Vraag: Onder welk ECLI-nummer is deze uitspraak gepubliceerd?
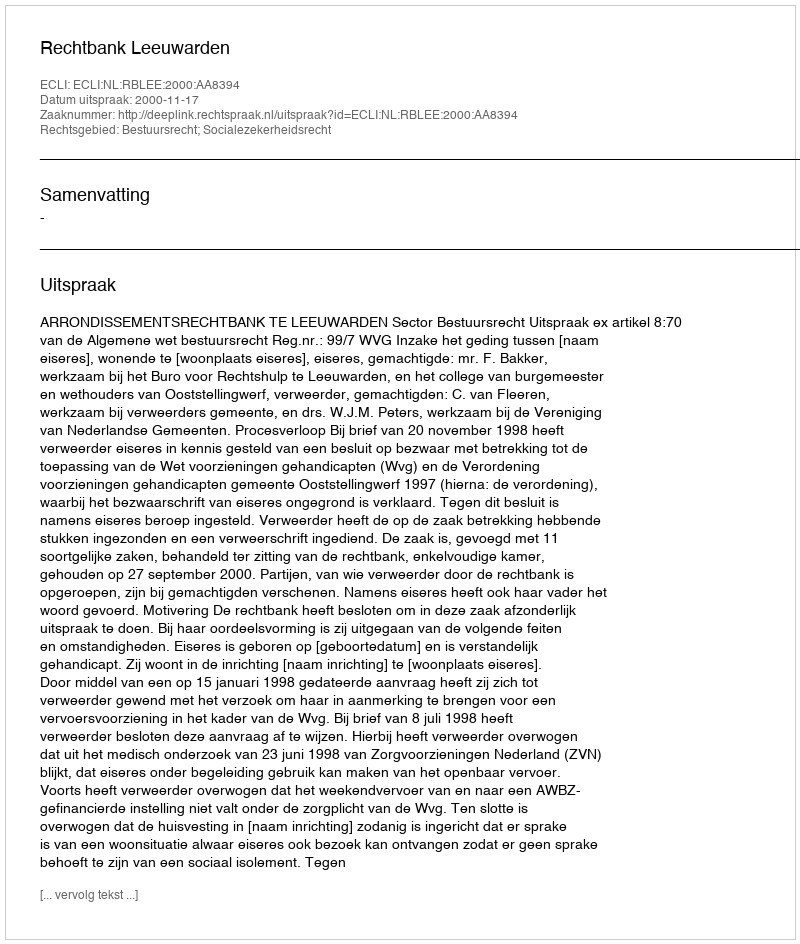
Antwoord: ECLI:NL:RBLEE:2000:AA8394